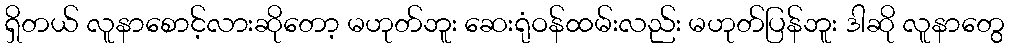
ရှိတယ် လူနာစောင့်လားဆိုတော့ မဟုတ်ဘူး ဆေးရုံဝန်ထမ်းလည်း မဟုတ်ပြန်ဘူး ဒါဆို လူနာတွေ